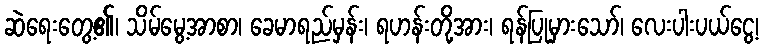
ဆဲရေးတွေ့၏၊ သိမ်မွေ့အာစာ၊ ခေမာရည်မှန်း၊ ရဟန်းတို့အား၊ ရန်ပြုမှားသော်၊ လေးပါးပယ်ငွေ့၊